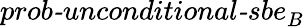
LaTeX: \textit{prob-unconditional-sbe}_{B}